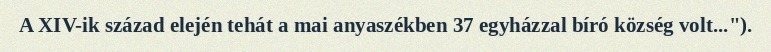
A XIV-ik század elején tehát a mai anyaszékben 37 egyházzal bíró község volt...").